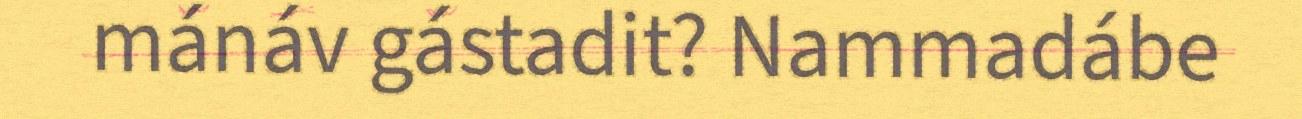
mánáv gástadit? Nammadábe